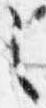
々